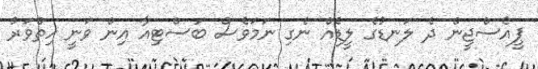
ޕީއެސްޖީން ދެ ލަނޑުގެ ލީޑެއް ނެގި ނަމަވެސް ބަސްޓިއާ އިން ވަނީ ހިތްވަރު